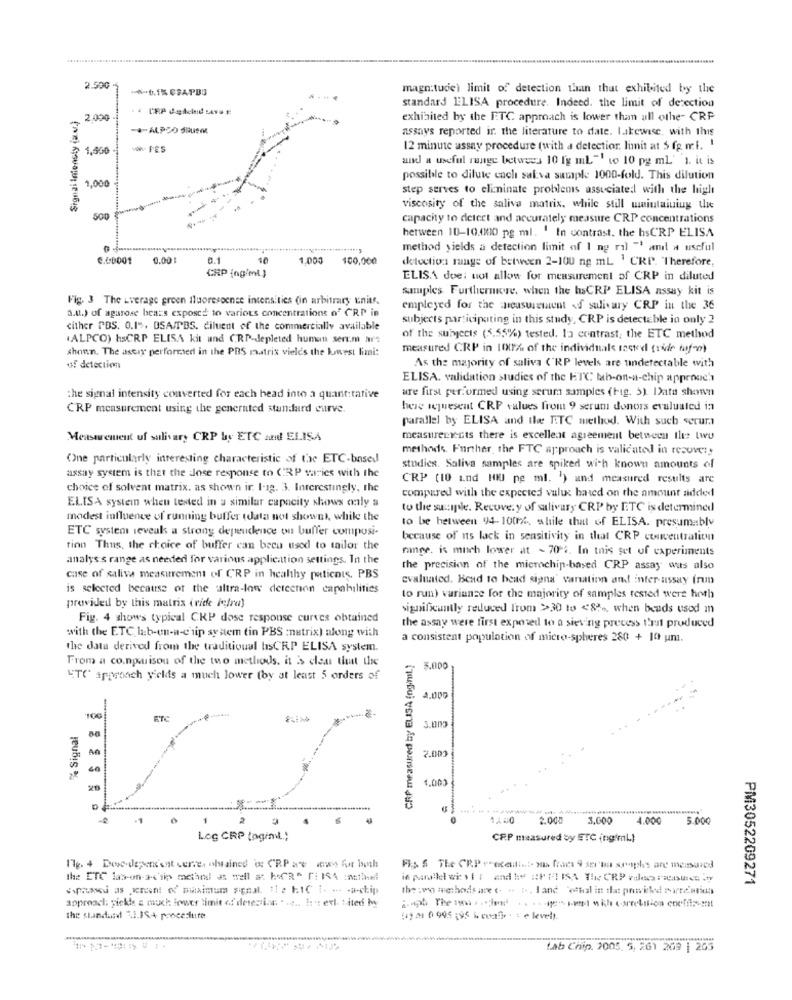
2.500
-- b.15 CSAPB3
magn:tudie) limit of detection than that exhibited by the
standard ELISA procedure. Indeed. the limit of detection
Signal Intensty (av.)
2.000
exhibited by the ETC approach is lower than all othe- CRP
-*- ALPDO SQUSO
assays reported ir. the literature to date. Lukewise, with this
1,500
FES
12 minute assay procedure (with a detectior. limit at $ fg ml. '
and a useful range betwees 10 Ig mL"' to 10 pg mL' 1. it is
1,000
possible to dilute cach salva sample 1000-fold. This dilution
8
step serves to eliminate problems associated with the high
viscosity of the saliva matrix. while still wmaintaining the
500
capacity to detect and accurately measure CRP concentrations
between 10-10.4100 pg ml. ' In contrast. the hsCRP ELISA
method yields a detection limit of I ng ril "' and a useful
C.00001
0.00
10
1.000
100,000
detection range of between 2-100 ng mL ' CRP. Therefore,
CRP (ng/ml }
ELISA doe: not allow for measurement of CRP in diluted
samples Furthernice, when the hsCRP ELISA assay kit is
Fig. 3 The Average green fluoresoense intensities (in arbitrary units.
a.u.) of agarose bears exposed to various concentrations o' CRP in
employed for the neusurement &d salivary CRP in the 36
subjects participating in this study, CRP is detectable in only 2
cither PBS. 0.1", DSA/TBS. diluent of the commercially available
.ALPCO) EsCRP ELISA kit und CRP-depleted humani sert.m ar's
of the subjects (5.55%) tested. la contrast; the ETC method
shonn. The astry performed in the PBS matrix vieles the Lowest limi:
measured CRP in 100% of the individuals tasted (ride hf-o)
of detection
As the majority of saliva ("RP levels are undetectable with
ELISA. validation studies of the HTC tab-on-a-chip approach
are first performed using serum samples (Fig. 5). Data showvn
the signal intensity converted for each head into a quantitative
CRP measurement using the generated standard curve.
here wejuesent CRP values from 9 serum donors evaluated in
parallel by ELISA and the E.TC method. With such seruma
Measurement uf salivary CRP by ETC and! ELISA
measurery-cts there is excellent agreement between the two
methods. Further, the FTC approach is validated in recove :,
One particularly interesting characteristic of the ETC-based
assay system is that the dose response to (RP varies with the
studies. Saliva samples are spiked with known amounts of
CRP (10 and HIUJ pg ml. ') and measured results are
choice of solvent matrix. as shown ir. 1-sg. 3. Interestingly, the
compared with the expected vulux based on the amount added
ELISA system when tested in a similar capacity shows only a
to the supple. Recovery of salivary CRP by ETC is determined
modest influence of running buffer tdata not shownt, while the
to be between 94- 100%, while that of ELISA. presumably
ETC system reveals a strong dependence on buffer composi-
because of ns lack in sensitivity in that CRP concentration
tion Thus, the choice of buffer can becu used to tailor the
ringe. is much lower at - 70 4. In this set of experiments
analys s range as needed for various application settings. In the
the precision of the microchip-based CRP assay was also
case of saliva measurement of CRP in healthy patients, PBS
evaluated. Bead to bead signa' varation and inter- assay (run
is selected because of the ultra-low dereenon capabilities
to run) variance for the majority of samples tested were hoth
provided by this matrix (vide Pofra)
significantly reduced Irom >>30 to <8% ,, when beads usod in
Fig. 4 shows typical CRP dose response curves obtained
with the ETC lab-en-a-c'nip system tin PBS :natrix) along with
the assay were first exposed to a sieving process that produced
a consistent population of micro-spheres 280 + 10 un.
the data derived from the traditional tsCRP ELISA system.
From a co.nparisou of the two methods. it is clear that the
CRP measured by ELISA (ng/ml.)
5.000
"TO approach yields a much lower (by at least 5 orders of
% Signal
100
FTC
An
2.000
40
4.000
20
-1
1
2.000
3.600
4.000
5.000
Log CRP toginL .;
CRP measured by ETC ingimL)
17g. 4 Dore-depen'ont verre. obtained o CRP ae w for both
the ETC las-on-244'tipy metand as well as hoCR" [: 184 :asthedi
PM3052209271
the : wo methods are e. . ... I and "offol in fla: powvikedd mandation
approach; pickle & much frwer timit af derestics . .... !: ': ext. tated by
the standard 3.1.384 procesfuite
(19 01 0 995 ; 95 & coati . e levelt.
tab Chip. 2005. 5, 261 209 | 265